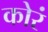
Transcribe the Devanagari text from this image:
कोरं